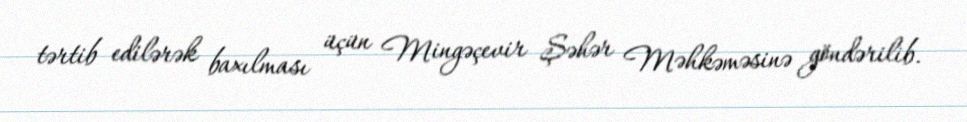
tərtib edilərək baxılması üçün Mingəçevir Şəhər Məhkəməsinə göndərilib.